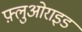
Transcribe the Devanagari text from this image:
फ़्लुओराइड